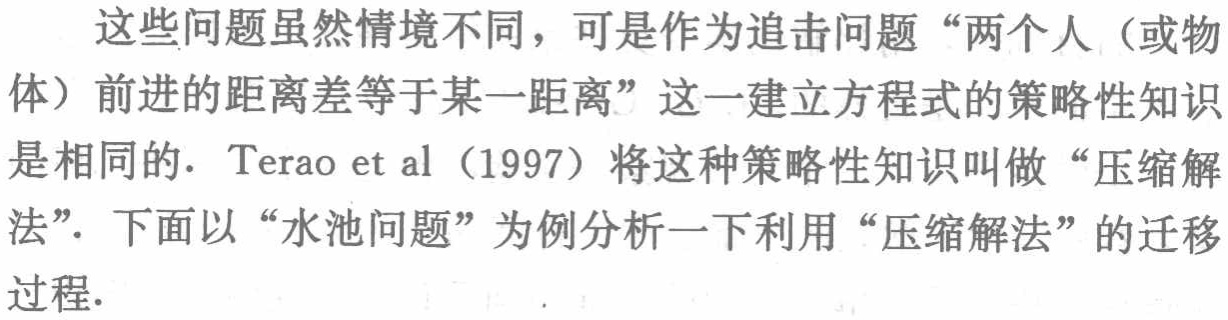
这些问题虽然情境不同，可是作为追击问题“两个人（或物体）前进的距离差等于某一距离”这一建立方程式的策略性知识是相同的. Terao et al（1997）将这种策略性知识叫做“压缩解法”. 下面以“水池问题”为例分析一下利用“压缩解法”的迁移过程.